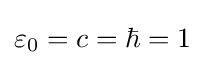
\varepsilon _{0}=c=\hbar =1